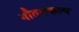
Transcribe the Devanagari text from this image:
गौतमकल्प